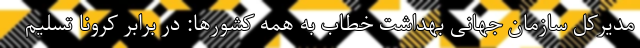
مدیرکل سازمان جهانی بهداشت خطاب به همه کشورها: در برابر کرونا تسلیم